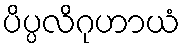
ပိပ္ပလိဂုဟာယံ